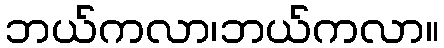
ဘယ်ကလာ၊ဘယ်ကလာ။